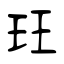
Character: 玨